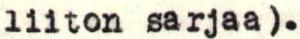
liiton sarjaa).